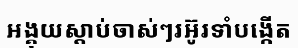
អង្គុយស្តាប់ចាស់ៗរអ៊ូរទាំបង្កើត